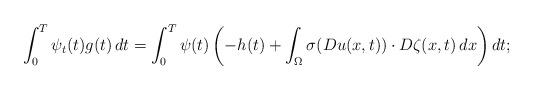
LaTeX: \begin{align*}\int_0^T \psi_t(t) g(t) \,dt= \int_0^T \psi(t) \left (-h(t)+\int_\Omega \sigma(Du(x,t))\cdot D\zeta(x,t)\,dx\right )dt;\end{align*}